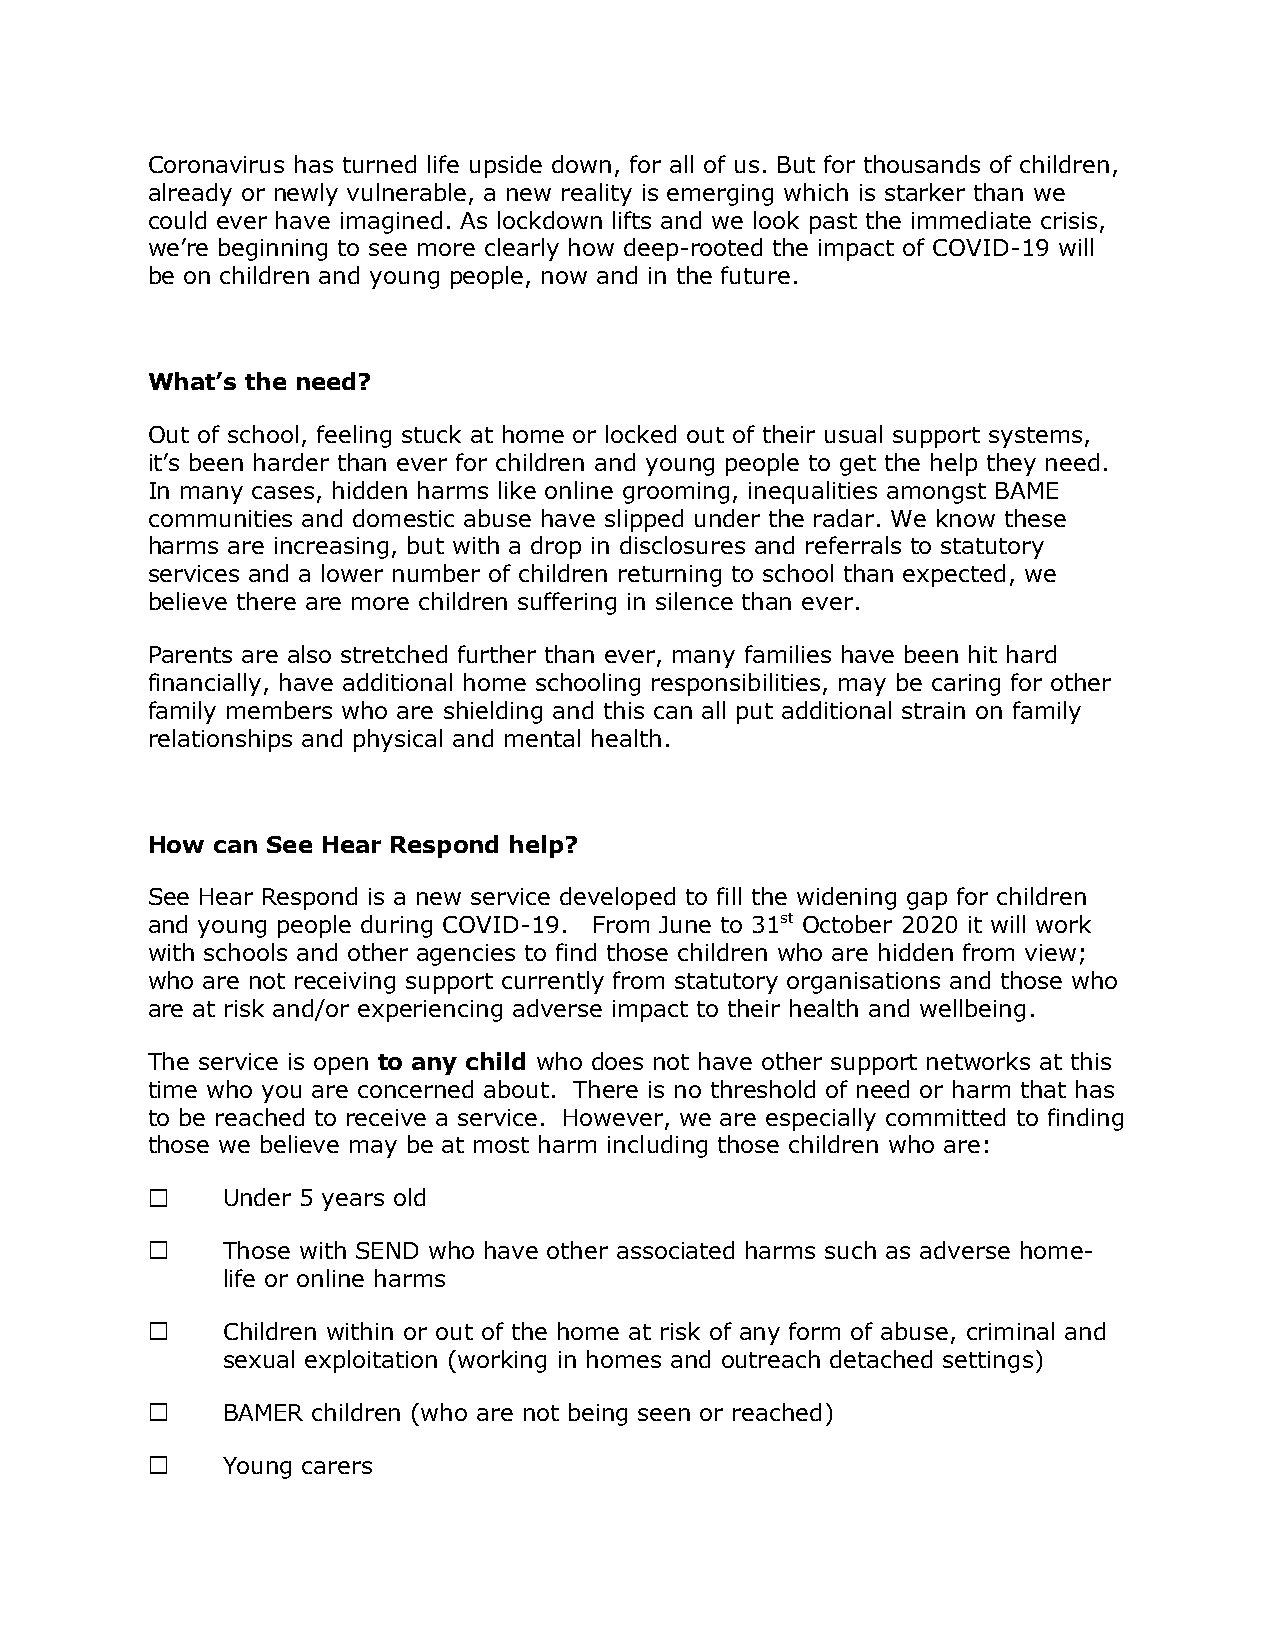
Coronavirus has turned life upside down, for all of us. But for thousands of children,
 already or newly vulnerable, a new reality is emerging which is starker than we
 could ever have imagined. As lockdown lifts and we look past the immediate crisis,
 we’re beginning to see more clearly how deep-rooted the impact of COVID-19 will
 be on children and young people, now and in the future.
 What’s the need?
 Out of school, feeling stuck at home or locked out of their usual support systems,
 it’s been harder than ever for children and young people to get the help they need.
 In many cases, hidden harms like online grooming, inequalities amongst BAME
 communities and domestic abuse have slipped under the radar. We know these
 harms are increasing, but with a drop in disclosures and referrals to statutory
 services and a lower number of children returning to school than expected, we
 believe there are more children suffering in silence than ever.
 Parents are also stretched further than ever, many families have been hit hard
 financially, have additional home schooling responsibilities, may be caring for other
 family members who are shielding and this can all put additional strain on family
 relationships and physical and mental health.
 How can See Hear Respond help?
 See Hear Respond is a new service developed to fill the widening gap for children
 and young people during COVID-19. From June to 31st October 2020 it will work
 with schools and other agencies to find those children who are hidden from view;
 who are not receiving support currently from statutory organisations and those who
 are at risk and/or experiencing adverse impact to their health and wellbeing.
 The service is open to any child who does not have other support networks at this
 time who you are concerned about. There is no threshold of need or harm that has
 to be reached to receive a service. However, we are especially committed to finding
 those we believe may be at most harm including those children who are:
 Under 5 years old
 Those with SEND who have other associated harms such as adverse home-
 life or online harms
 Children within or out of the home at risk of any form of abuse, criminal and
 sexual exploitation (working in homes and outreach detached settings)
 BAMER children (who are not being seen or reached)
 Young carers